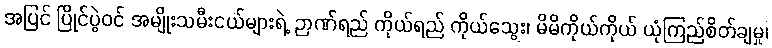
အပြင် ပြိုင်ပွဲဝင် အမျိုးသမီးငယ်များရဲ့ ဉာဏ်ရည် ကိုယ်ရည် ကိုယ်သွေး၊ မိမိကိုယ်ကိုယ် ယုံကြည်စိတ်ချမှု၊